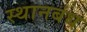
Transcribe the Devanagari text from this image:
स्थानबंध